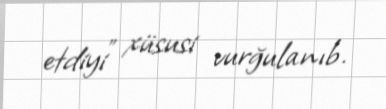
etdiyi” xüsusi vurğulanıb.